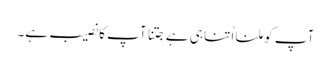
آپ کو ملنا اُتنا ہی ہے جتنا آپ کا نصیب ہے۔